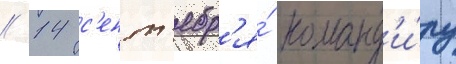
// 14 с'ент'ябр'я́ команд'и́ру